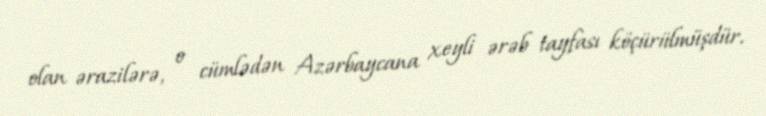
olan ərazilərə, o cümlədən Azərbaycana xeyli ərəb tayfası köçürülmüşdür.